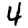
Digit: 4